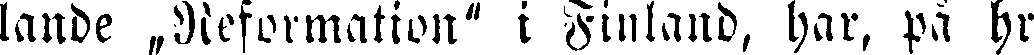
lande Reformation" i Finland, har, på hr